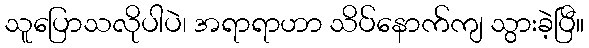
သူပြောသလိုပါပဲ၊ အရာရာဟာ သိပ်နောက်ကျ သွားခဲ့ပြီ။